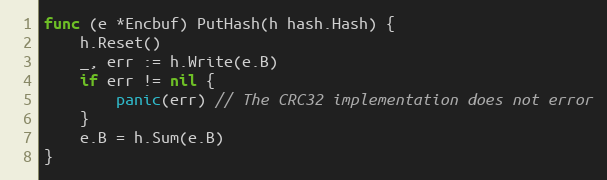
Language: Go
func (e *Encbuf) PutHash(h hash.Hash) {
	h.Reset()
	_, err := h.Write(e.B)
	if err != nil {
		panic(err) // The CRC32 implementation does not error
	}
	e.B = h.Sum(e.B)
}